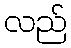
လည်